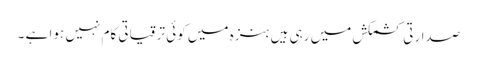
صدارتی کشمکش میں رہی ہیں ہنزہ میں کوئی ترقیاتی کام نہیں ہوا ہے ۔